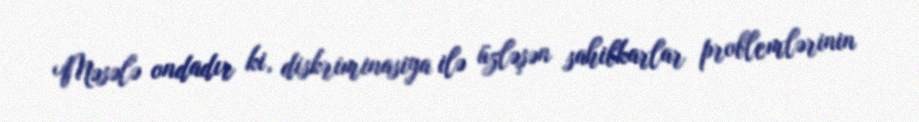
Məsələ ondadır ki, diskriminasiya ilə üzləşən sahibkarlar problemlərinin